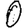
Digit: 0